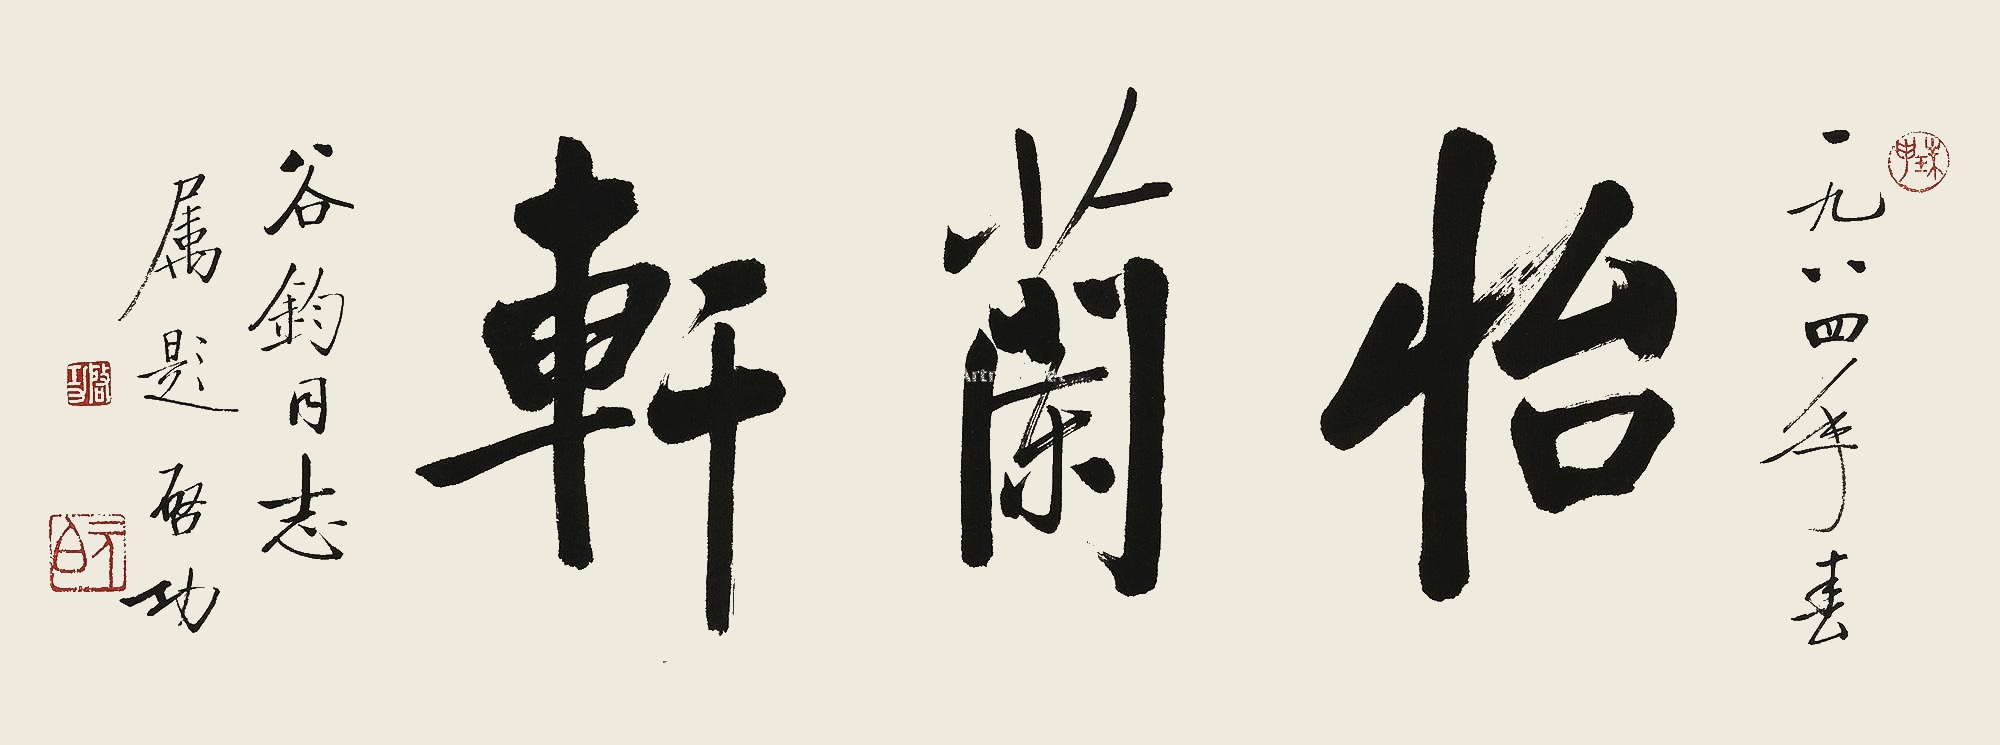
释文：怡兰轩。一九八四年春，谷钧同志属题。启功。